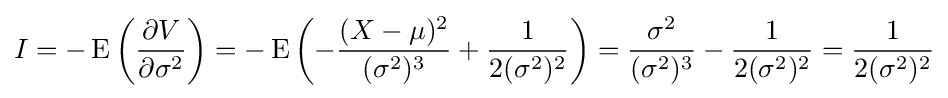
I=-\operatorname {E} \left({\frac {\partial V}{\partial \sigma ^{2}}}\right)=-\operatorname {E} \left(-{\frac {(X-\mu )^{2}}{(\sigma ^{2})^{3}}}+{\frac {1}{2(\sigma ^{2})^{2}}}\right)={\frac {\sigma ^{2}}{(\sigma ^{2})^{3}}}-{\frac {1}{2(\sigma ^{2})^{2}}}={\frac {1}{2(\sigma ^{2})^{2}}}